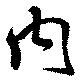
内